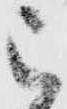
被